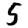
Digit: 5